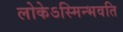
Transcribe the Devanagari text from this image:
लोकेऽस्मिन्भवति